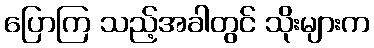
ပြောကြ သည့်အခါတွင် သိုးများက